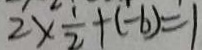
2 \times \frac { 1 } { 2 } + ( - 6 ) = 1